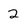
Character: 2